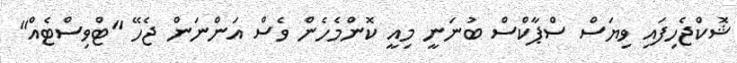
ޝޮކްޖެހިފައި ވިޔަސް ސްޕާކްސް ބުނަނީ މިއީ ކޮންމެހެން ވެސް އަންނަން ޖެހޭ "ޓްވިސްޓެއް"